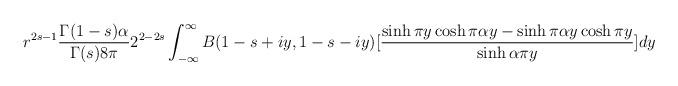
LaTeX: \begin{align*}r^{2s-1}{{\Gamma (1-s) \alpha }\over {\Gamma (s) 8\pi }}2^{2-2s}\int_{-\infty}^{\infty} B (1-s +iy,1-s-iy) [{{\sinh \pi y \cosh \pi\alpha y - \sinh \pi\alpha y \cosh \pi y}\over{\sinh \alpha\pi y }}] dy\end{align*}